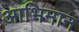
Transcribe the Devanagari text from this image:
आभिमान